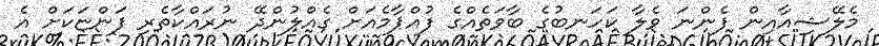
މެލޭޝިއާއިން ފެންނަ ވެލާ ކަހަނބުގެ ބާވަތެއްގެ ފުއްޕާމެއަށް ގެއްލުންދޭ ނުރައްކާތެރި ފަންޏަކަށް އެ